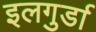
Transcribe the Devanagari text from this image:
इलगुर्डा